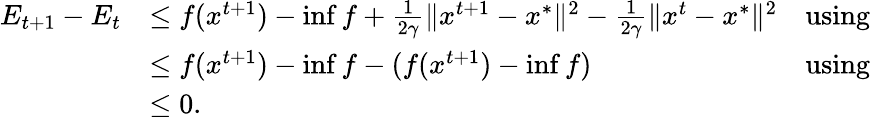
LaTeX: \begin{array}{rlr}{E_{t+1}-E_{t}}&{\leq f(x^{t+1})-\operatorname*{inf}f+\frac{1}{2\gamma}\Vert x^{t+1}-x^{*}\Vert^{2}-\frac{1}{2\gamma}\Vert x^{t}-x^{*}\Vert^{2}}&{\mathrm{using~}}\\ &{\leq f(x^{t+1})-\operatorname*{inf}f-(f(x^{t+1})-\operatorname*{inf}f)}&{\mathrm{using~}}\\ &{\leq 0.}\end{array}